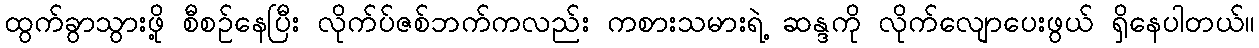
ထွက်ခွာသွားဖို့ စီစဉ်နေပြီး လိုက်ပ်ဇစ်ဘက်ကလည်း ကစားသမားရဲ့ ဆန္ဒကို လိုက်လျောပေးဖွယ် ရှိနေပါတယ်။